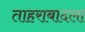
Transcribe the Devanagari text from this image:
ताहराबादला